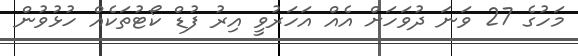
މަހުގެ 27 ވަނަ ދުވަހަށް އެއް އަހަރުވީ އިރު ފުޑް ކޯޓުތަކެއް ހުޅުވުން